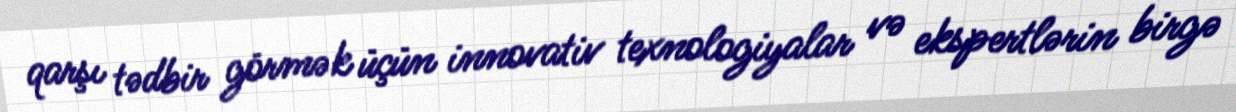
qarşı tədbir görmək üçün innovativ texnologiyalar və ekspertlərin birgə